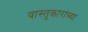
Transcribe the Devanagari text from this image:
वास्तुकारांच्या